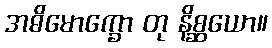
အဓိမောက္ခော တု နိစ္ဆယော။